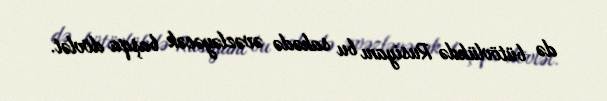
də bütövlükdə Rusiyanı bu sahədə əvəzləyəcək başqa dövlət.